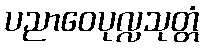
ပညာဝေပုလ္လသုတ္တံ